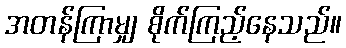
အတန်ကြာမျှ စိုက်ကြည့်နေသည်။